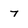
Character: 7